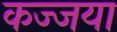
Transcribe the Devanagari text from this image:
कज्जया